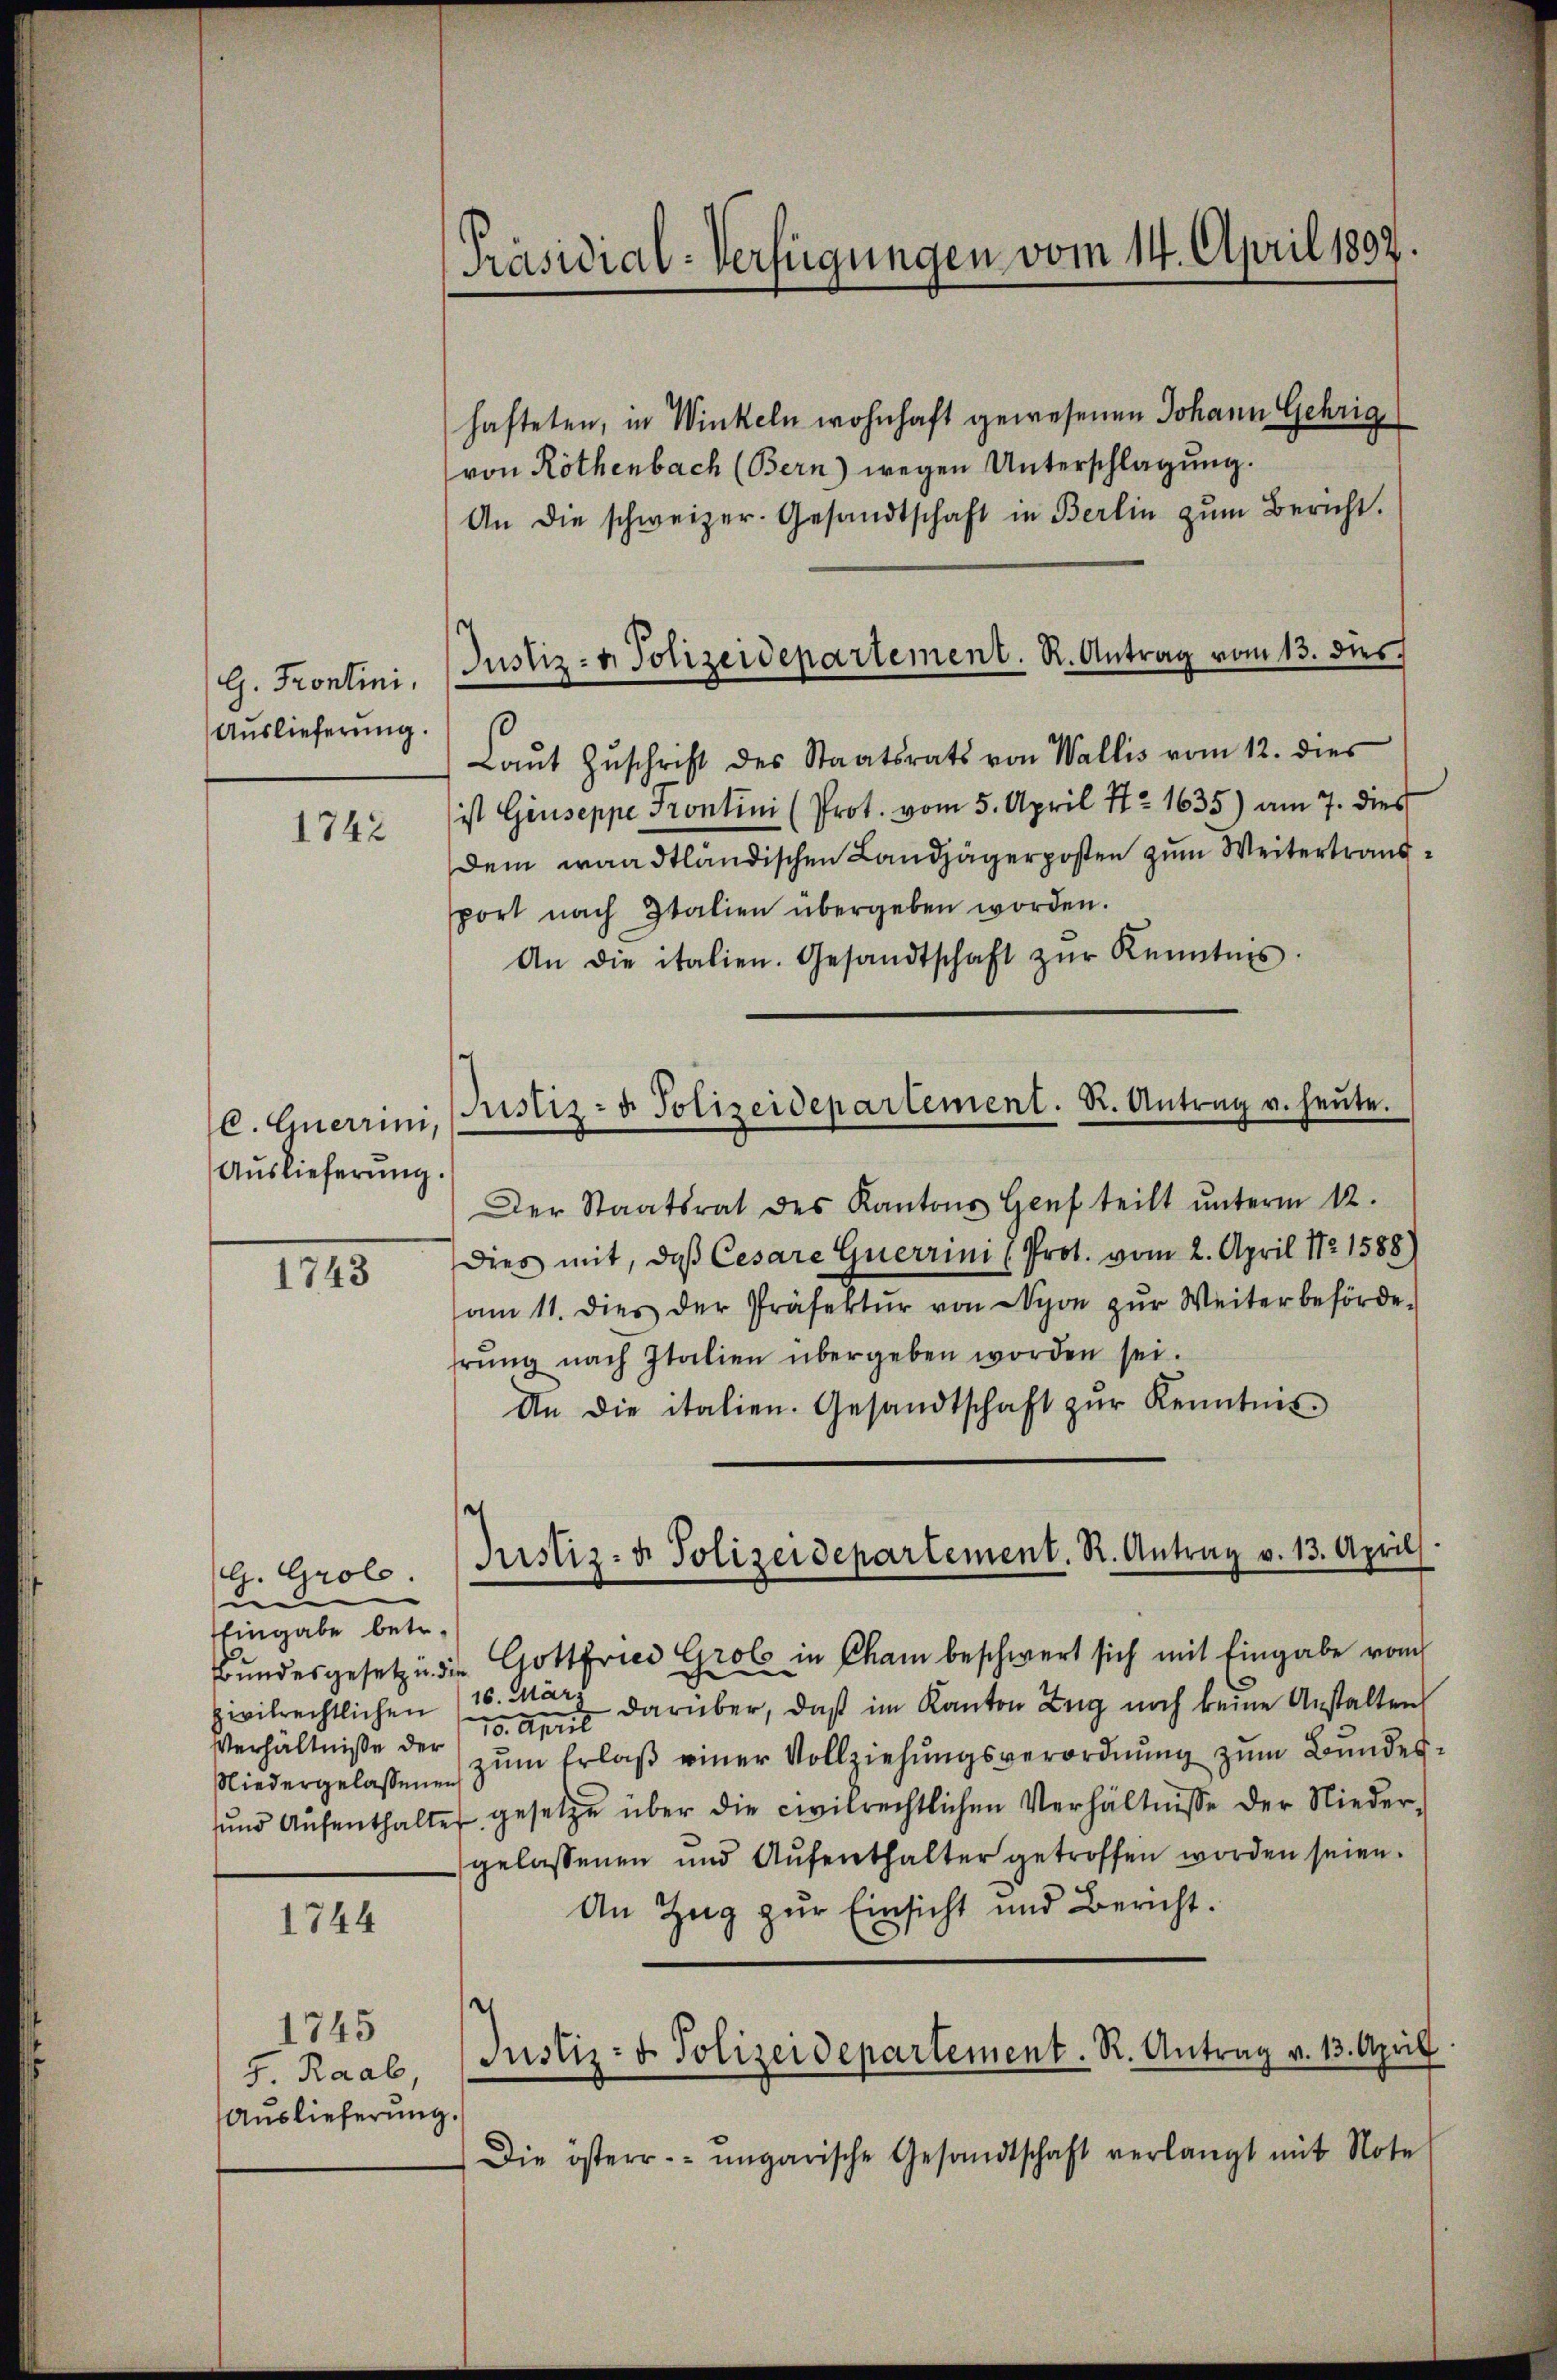
G. Fronlini,
Auslieferung.

C. Querrin,
Auslieferung.

hafteten, in Winkeln wohnhaft gewesenen Johann Gehrig
von Rothenbach (Bern) wegen Unterschlagung.
An die schweizer. Gesandtschaft in Berlin zŭm Bericht.
Laŭt Zŭschrift des Staatsrats von Wallis vom 12. dies
ist Giuseppe Frontini (Prot. vom 5. April Nr 1635) am 7. dies
Dem waadtländischen Landjägerposten zum Weitertraud
port nach Italien übergeben worden.
An die italien. Gesandtschaft zŭr Kenntnis.
Der Staatsrat des Kantons Genf teilt ŭnterm 12.
Dies mit, daß Cesare Guerrini (Prot. vom 2. April 1821588)
am 11. dies der Präfektŭr von Nyon zŭr Weiterbehörde.
hrŭng nach Italien übergeben worden sei.
An die italien. Gesandtschaft zŭr Kenntnis
e
Eingabe betr.
Bundesgesetz u. die Gottfried Grob in Cham beschwert sich mit Eingabe vom
ivilrechtlichen 16. März darüber, daß im Kanton Zug noch keine Anstalten
10. April
Verhältniße der
Niedergelassen zum Erlaß einer Vollziehungsverordnung zum Bundesŭnd Aŭfenthalter gesetze über die civilrechtlichen Verhältnisse der Nieder-
gelassenen und Aŭfenthalter getroffen worden seien.
An Zug zur Einsicht und Bericht.
1744
1745
Justiz- & Polizeidepartement. R. Antrag v. 13. April
5. Raab,
Auslieferung.
Die österr. ungarische Gesandtschaft verlangt mit Note

1742

1743

G. Grolo.

Präsidial-Verfügungen vom 14. April 1892

Justiz- u. Polizeidepartement. R. Antrag vom 13. dies

Justiz- u. Polizeidepartement. Dr. Antrag u. heŭte.

Justiz- & Polizeidepartement. R. Antrag v. 13. April